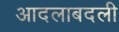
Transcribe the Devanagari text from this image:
आदलाबदली